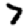
Digit: 7